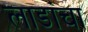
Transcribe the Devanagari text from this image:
लाडांचा